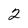
Character: 2